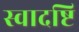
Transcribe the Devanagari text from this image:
स्वादष्टि